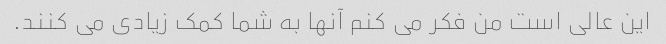
این عالی است من فکر می کنم آنها به شما کمک زیادی می کنند.